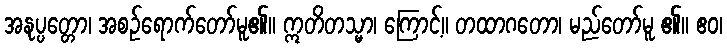
အနုပ္ပတ္တော၊ အစဉ်ရောက်တော်မူ၏။ ဣတိတသ္မာ၊ ကြောင့်။ တထာဂတော၊ မည်တော်မူ ၏။ ဧဝ၊